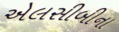
એલસીબીના